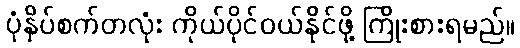
ပုံနှိပ်စက်တလုံး ကိုယ်ပိုင်ဝယ်နိုင်ဖို့ ကြိုးစားရမည်။